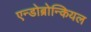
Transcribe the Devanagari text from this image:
एन्डोब्रोन्कियल